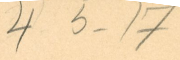
4 5 -17